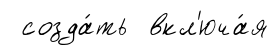
созда́ть вкл'юча́я